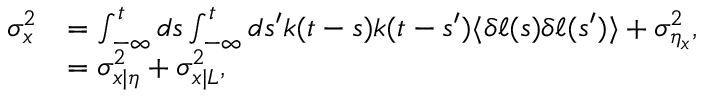
\begin{array} { r l } { \sigma _ { x } ^ { 2 } } & { = \int _ { - \infty } ^ { t } d s \int _ { - \infty } ^ { t } d s ^ { \prime } k ( t - s ) k ( t - s ^ { \prime } ) \langle \delta \ell ( s ) \delta \ell ( s ^ { \prime } ) \rangle + \sigma _ { \eta _ { x } } ^ { 2 } , } \\ & { = \sigma _ { x | \eta } ^ { 2 } + \sigma _ { x | L } ^ { 2 } , } \end{array}